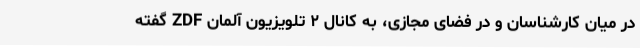
در میان کارشناسان و در فضای مجازی، به کانال ۲ تلویزیون آلمان ZDF گفته